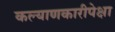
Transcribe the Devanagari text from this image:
कल्याणकारीपेक्षा